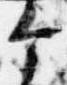
个